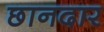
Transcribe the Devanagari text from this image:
छानदार